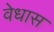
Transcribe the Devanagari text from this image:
वेधास